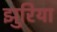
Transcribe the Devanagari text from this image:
झुरिया